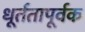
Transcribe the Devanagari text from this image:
धूर्ततापूर्वक